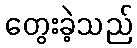
တွေးခဲ့သည်